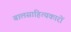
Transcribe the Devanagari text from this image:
बालसाहित्‍यकारों